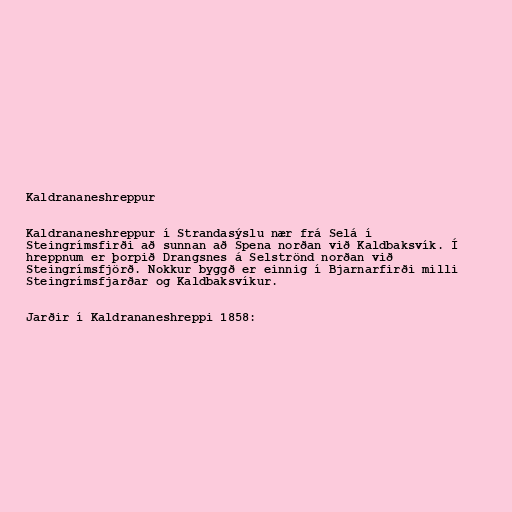
Kaldrananeshreppur

Kaldrananeshreppur í Strandasýslu nær frá Selá í
Steingrímsfirði að sunnan að Spena norðan við Kaldbaksvík. Í
hreppnum er þorpið Drangsnes á Selströnd norðan við
Steingrímsfjörð. Nokkur byggð er einnig í Bjarnarfirði milli
Steingrímsfjarðar og Kaldbaksvíkur.

Jarðir í Kaldrananeshreppi 1858: